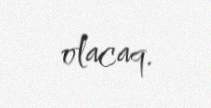
olacaq.